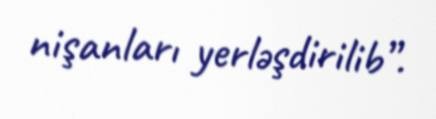
nişanları yerləşdirilib”.